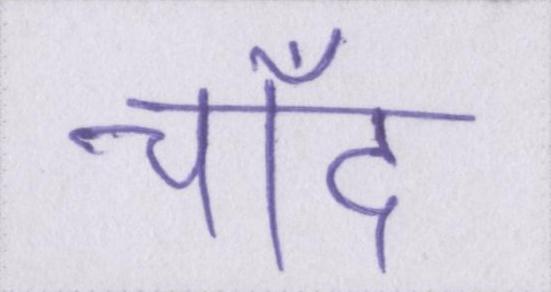
चाँद